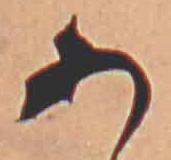
あ